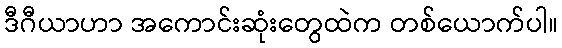
ဒီဂီယာဟာ အကောင်းဆုံးတွေထဲက တစ်ယောက်ပါ။